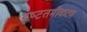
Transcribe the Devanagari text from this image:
इष्‍टतमीकरण